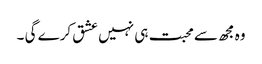
وہ مجھ سے محبت ہی نہیں عشق کرے گی ۔